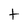
Character: t